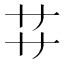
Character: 𬻀